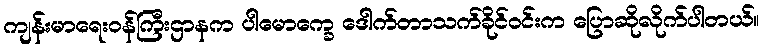
ကျန်းမာရေးဝန်ကြီးဌာနက ပါမောက္ခေ ဒေါက်တာသက်ခိုင်ဝင်းက ပြောဆိုလိုက်ပါတယ်။